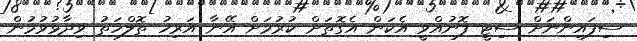
ސިފައިންނަށް ސިޓީ ފޮނުއްވީ އެކަން އެގޮތަށް ކުރުމަށް އޭނާ އަރިހު ތޮލްހަތު ވިދާޅުވުމުން